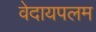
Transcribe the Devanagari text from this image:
वेदायपलम